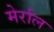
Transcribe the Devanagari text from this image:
मेर्राल